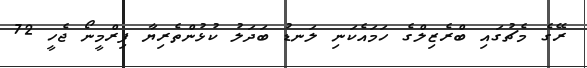
ރޭގެ މެޗުގައި ބްރެޒިލްގެ ހަމައެކަނި ލަނޑު ބަދަލު ކުޅުންތެރިޔާ ފިރްމީނޯ ޖެހީ 72